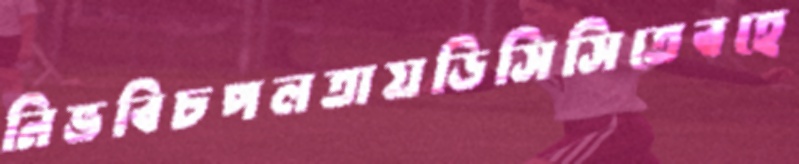
নিভবিচপলতায়ডিসিসিতেবহে